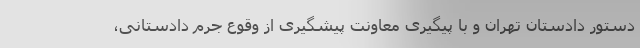
دستور دادستان تهران و با پیگیری معاونت پیشگیری از وقوع جرم دادستانی،